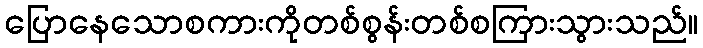
ပြောနေသောစကားကိုတစ်စွန်းတစ်စကြားသွားသည်။